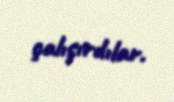
çalışırdılar.